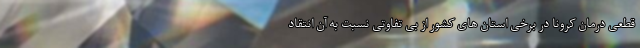
قطعی درمان کرونا در برخی استان های کشور از بی تفاوتی نسبت به آن انتقاد